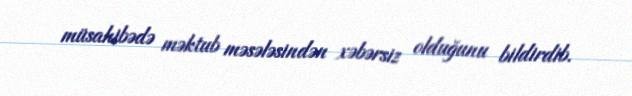
müsahibədə məktub məsələsindən xəbərsiz olduğunu bildirdib.